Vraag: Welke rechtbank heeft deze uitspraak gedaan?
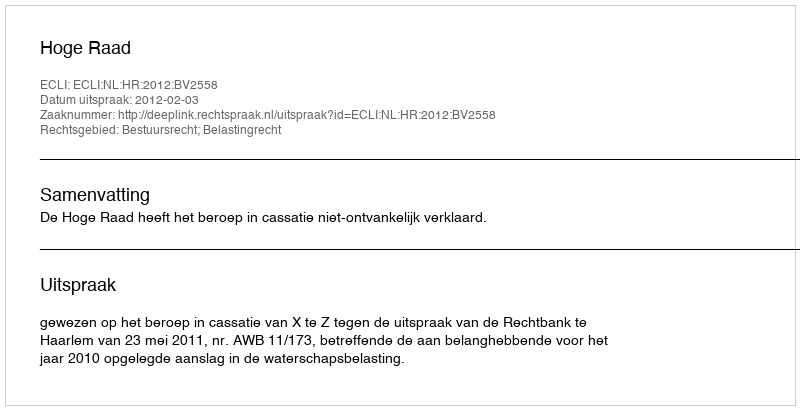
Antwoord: Hoge Raad